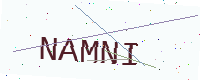
Text: NAMNI